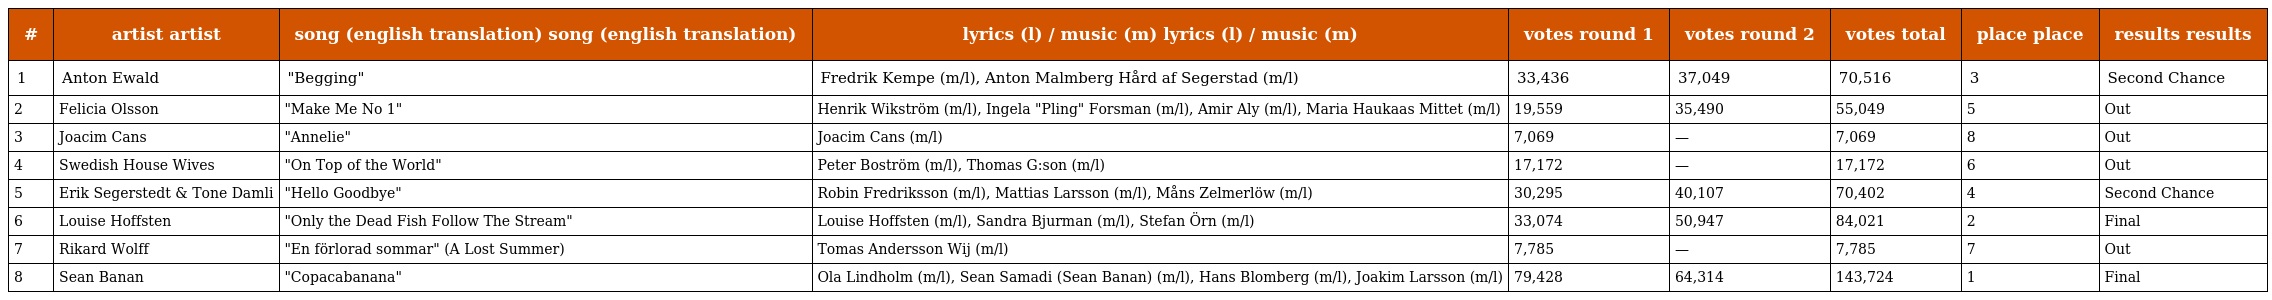
| # | artist artist | song (english translation) song (english translation) | lyrics (l) / music (m) lyrics (l) / music (m) | votes round 1 | votes round 2 | votes total | place place | results results |
 | --- | --- | --- | --- | --- | --- | --- | --- | --- |
 | 1 | Anton Ewald | "Begging" | Fredrik Kempe (m/l), Anton Malmberg Hård af Segerstad (m/l) | 33,436 | 37,049 | 70,516 | 3 | Second Chance |
 | 2 | Felicia Olsson | "Make Me No 1" | Henrik Wikström (m/l), Ingela "Pling" Forsman (m/l), Amir Aly (m/l), Maria Haukaas Mittet (m/l) | 19,559 | 35,490 | 55,049 | 5 | Out |
 | 3 | Joacim Cans | "Annelie" | Joacim Cans (m/l) | 7,069 | — | 7,069 | 8 | Out |
 | 4 | Swedish House Wives | "On Top of the World" | Peter Boström (m/l), Thomas G:son (m/l) | 17,172 | — | 17,172 | 6 | Out |
 | 5 | Erik Segerstedt & Tone Damli | "Hello Goodbye" | Robin Fredriksson (m/l), Mattias Larsson (m/l), Måns Zelmerlöw (m/l) | 30,295 | 40,107 | 70,402 | 4 | Second Chance |
 | 6 | Louise Hoffsten | "Only the Dead Fish Follow The Stream" | Louise Hoffsten (m/l), Sandra Bjurman (m/l), Stefan Örn (m/l) | 33,074 | 50,947 | 84,021 | 2 | Final |
 | 7 | Rikard Wolff | "En förlorad sommar" (A Lost Summer) | Tomas Andersson Wij (m/l) | 7,785 | — | 7,785 | 7 | Out |
 | 8 | Sean Banan | "Copacabanana" | Ola Lindholm (m/l), Sean Samadi (Sean Banan) (m/l), Hans Blomberg (m/l), Joakim Larsson (m/l) | 79,428 | 64,314 | 143,724 | 1 | Final |